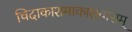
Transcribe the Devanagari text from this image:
चिदाकाशमाकाशवासम्